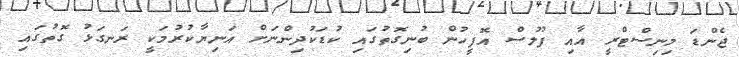
ޖެންޑަ މިނިސްޓްރީ އާއި ފުލުސް އޮފީހުން ބުނިގޮތުގައި ކުޑަކުދިންނަށް އަނިޔާކުރުމަކީ ރަނގަޅު ގޮތުގައި